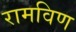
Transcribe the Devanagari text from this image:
रामविण